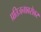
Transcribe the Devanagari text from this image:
प्रतिजनाबरोबर